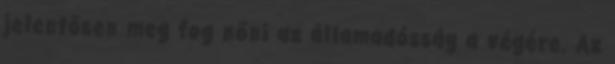
jelentősen meg fog nőni az államadósság a végére. Az